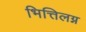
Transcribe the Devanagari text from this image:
भित्तिलग्न